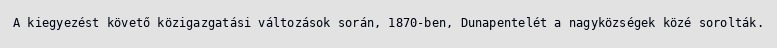
A kiegyezést követő közigazgatási változások során, 1870-ben, Dunapentelét a nagyközségek közé sorolták.